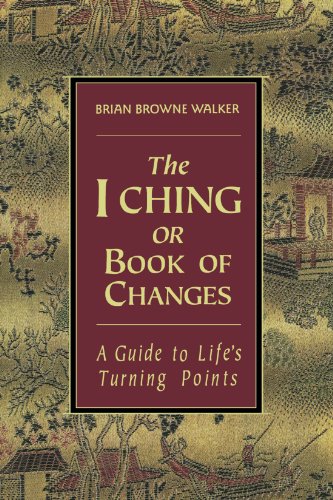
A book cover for The I Ching or Book of Changes: A Guide to Life's Turning Points; Religion & Spirituality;